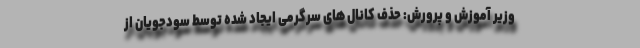
وزیر آموزش و پرورش: حذف کانال های سرگرمی ایجاد شده توسط سودجویان از